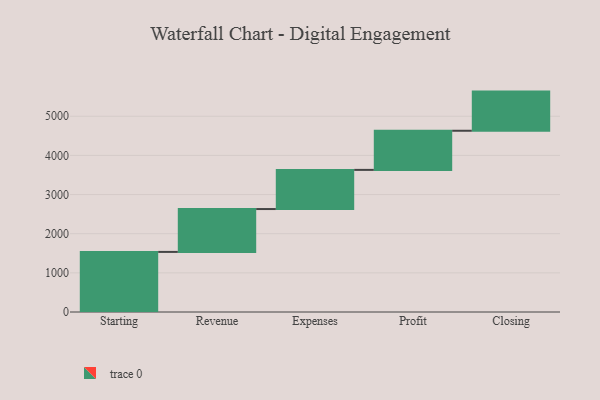
{"axis": {"x": "Step", "y": "Value"}, "legend": [""], "data": [{"x": "Starting", "y": 1535.0, "type": ""}, {"x": "Revenue", "y": 1095.0, "type": ""}, {"x": "Expenses", "y": 1000, "type": ""}, {"x": "Profit", "y": 1000, "type": ""}, {"x": "Closing", "y": 1000, "type": ""}]}